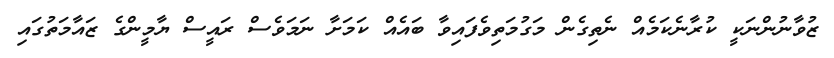
ޒުވާނުންނަކީ ކުރާނެކަމެއް ނެތިގެން މަގުމަތިވެފައިވާ ބައެއް ކަމަށާ ނަމަވެސް ރައީސް ޔާމީންގެ ޒައާމަތުގައި